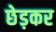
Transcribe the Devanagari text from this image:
छेड़कर